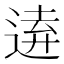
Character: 𮞗